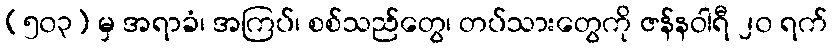
(၅၀၃) မှ အရာခံ၊ အကြပ်၊ စစ်သည်တွေ၊ တပ်သားတွေကို ဇန်နဝါရီ ၂၀ ရက်